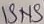
Text: ISNS